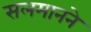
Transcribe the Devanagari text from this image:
सलमानने